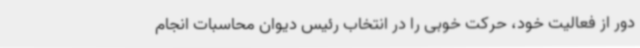
دور از فعالیت خود، حرکت خوبی را در انتخاب رئیس دیوان محاسبات انجام